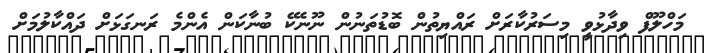
މަހްލޫފް ވިދާޅުވީ މިސަރުކާރަށް ރައްޔިތުން ބޮޑުތަނުން ނޫނެކޭ ބުނާކަން އެންމެ ރަނގަޅަށް ދައްކާލުމަށް